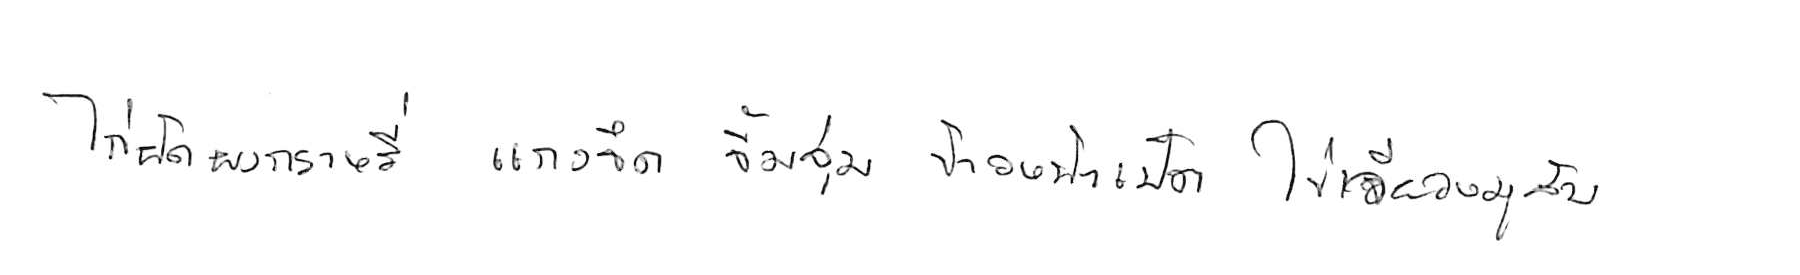
ไก่ผัดผงกะหรี่ แกงจืด จิ้มจุ่ม ข้าวหน้าเป็ด ไข่เจียวหมูสับ